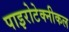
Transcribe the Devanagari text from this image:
पाइरोटेक्नीकल